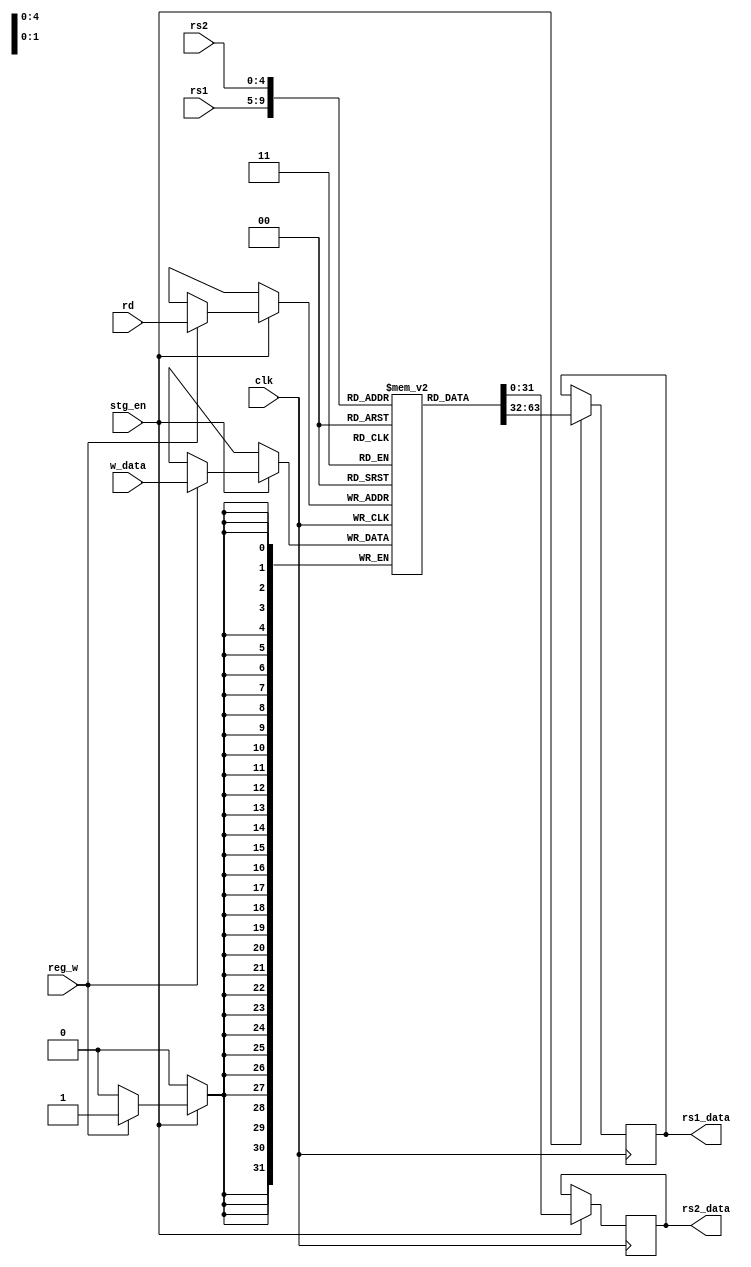
`timescale 1ns / 1ps

module X_Reg_file(
    input clk , reg_w , stg_en ,
    input [4:0] rd , rs1 , rs2 ,
    input [31:0] w_data ,
    output reg [31:0] rs1_data , rs2_data
    );
    
    reg [31:0] reg_mem [0:31];
    integer i ;
    
    initial
    begin
        rs1_data = 32'd0;
        rs2_data = 32'd0;
        for( i=0; i<32 ; i=i+1)
            reg_mem[i] = 32'd0;
            
        reg_mem [1] = 32'h000000AA;
       reg_mem [2] = 32'h000000AA;
       // reg_mem [2] = 32'h000000AC;
    end
    
    
    always@(posedge clk)
    begin
    if (stg_en == 1 )
    begin
        rs1_data <= reg_mem[rs1];
        rs2_data <= reg_mem[rs2];
        
        if(reg_w == 1'b1)
            reg_mem[rd] <= w_data ;
    end
    end
endmodule